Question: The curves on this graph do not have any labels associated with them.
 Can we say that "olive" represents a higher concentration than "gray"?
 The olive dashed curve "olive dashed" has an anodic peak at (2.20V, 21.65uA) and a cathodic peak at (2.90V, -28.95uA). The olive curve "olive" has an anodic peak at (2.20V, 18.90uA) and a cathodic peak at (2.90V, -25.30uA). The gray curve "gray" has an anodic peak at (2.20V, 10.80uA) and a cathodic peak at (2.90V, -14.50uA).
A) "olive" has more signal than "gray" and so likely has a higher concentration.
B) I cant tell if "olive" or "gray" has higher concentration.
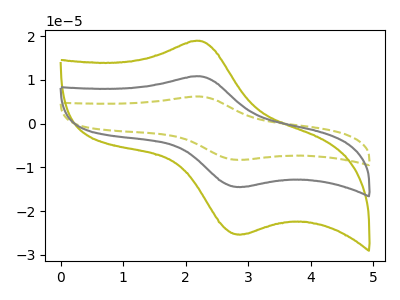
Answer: <think>All the peaks in "olive" have a peak in "gray" at the same potential. Every peak in "olive" is higher than every peak in "gray".
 </think>
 <answer>A) "olive" has more signal than "gray" and so likely has a higher concentration.</answer>
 <eval>A</eval>